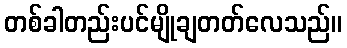
တစ်ခါတည်းပင်မျိုချတတ်လေသည်။